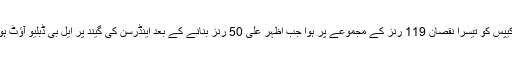
گرین کیپس کو تیسرا نقصان 119 رنز کے مجموعے پر ہوا جب اظہر علی 50 رنز بنانے کے بعد اینڈرسن کی گیند پر ایل بی ڈبلیو آﺅٹ ہو گئے۔